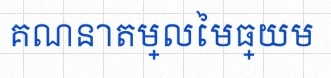
គណនាតម្លៃមធ្យម